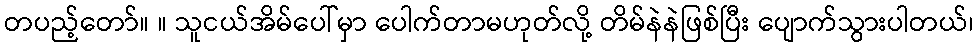
တပည့်တော်။ ။ သူငယ်အိမ်ပေါ်မှာ ပေါက်တာမဟုတ်လို့ တိမ်နဲနဲဖြစ်ပြီး ပျောက်သွားပါတယ်၊